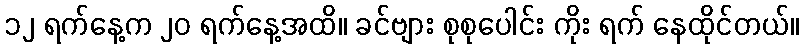
၁၂ ရက်နေ့က ၂၀ ရက်နေ့အထိ။ ခင်ဗျား စုစုပေါင်း ကိုး ရက် နေထိုင်တယ်။